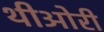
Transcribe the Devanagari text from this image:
थीओरी